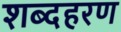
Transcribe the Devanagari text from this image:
शब्दहरण